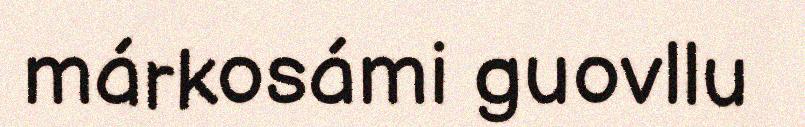
márkosámi guovllu